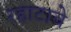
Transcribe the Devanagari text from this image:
रहाटावे